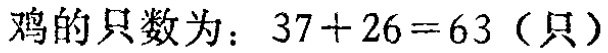
鸡的只数为：\(37 + 26 = 63\)（只）